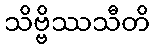
သိဗ္ဗိဿသီတိ